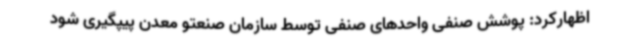
اظهارکرد: پوشش صنفی واحدهای صنفی توسط سازمان صنعتو معدن پیپگیری شود